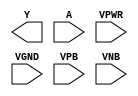
module sky130_fd_sc_lp__bufinv (
    Y   ,
    A   ,
    VPWR,
    VGND,
    VPB ,
    VNB
);

    output Y   ;
    input  A   ;
    input  VPWR;
    input  VGND;
    input  VPB ;
    input  VNB ;
endmodule